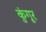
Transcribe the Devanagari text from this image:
कुंगूर